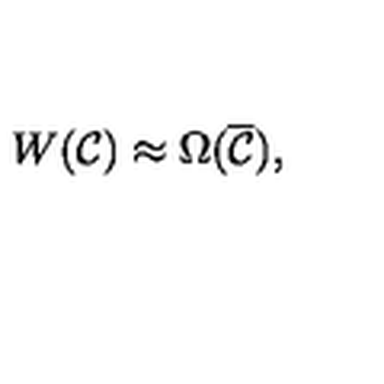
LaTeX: W ( { \cal C } ) \approx \Omega ( \overline { { \cal C } } ) ,